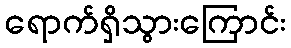
ရောက်ရှိသွားကြောင်း